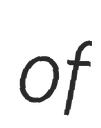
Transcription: of